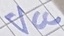
Text: VCC